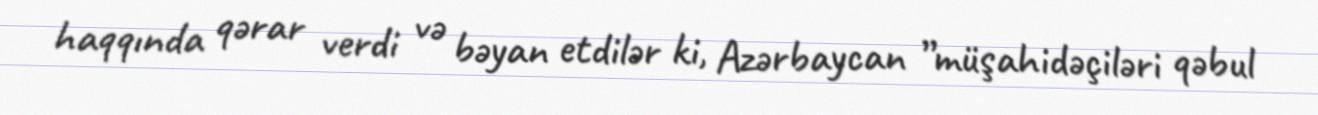
haqqında qərar verdi və bəyan etdilər ki, Azərbaycan ”müşahidəçiləri qəbul